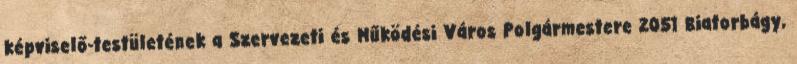
képviselő-testületének a Szervezeti és Működési Város Polgármestere 2051 Biatorbágy,